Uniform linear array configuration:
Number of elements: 12
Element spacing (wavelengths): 1
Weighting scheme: cosine
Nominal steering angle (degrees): -15
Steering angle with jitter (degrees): -14.772
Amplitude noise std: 0.05
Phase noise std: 0.05

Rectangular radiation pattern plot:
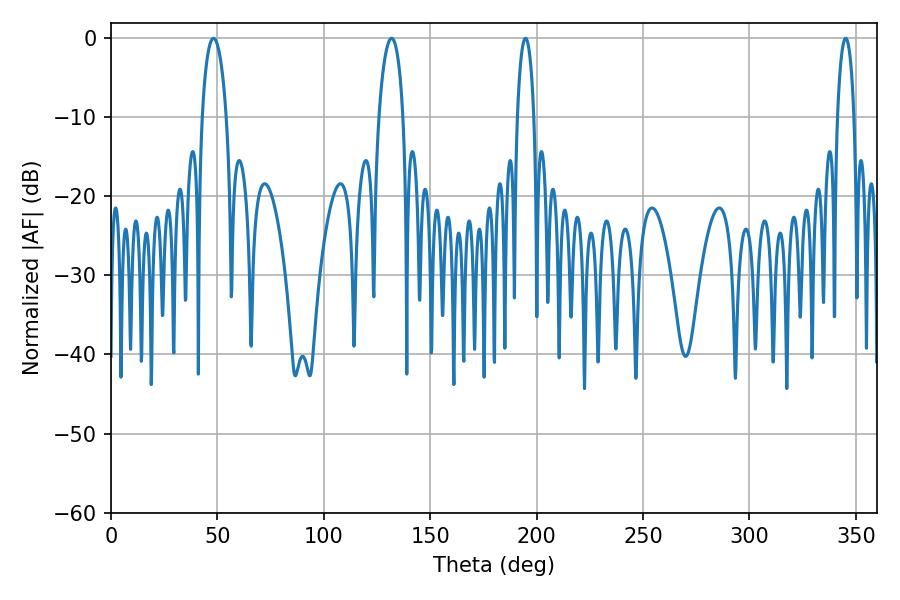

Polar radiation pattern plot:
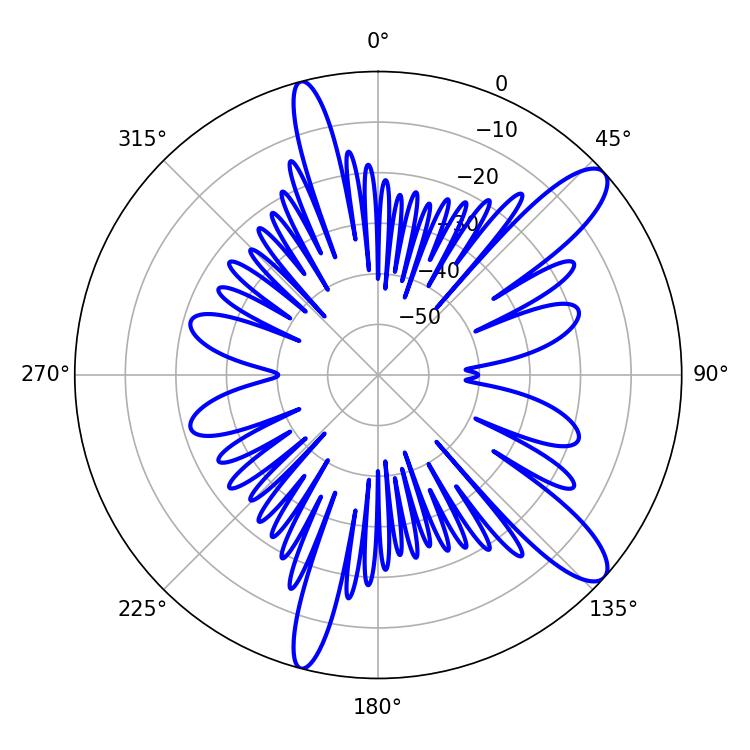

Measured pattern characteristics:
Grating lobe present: TRUE
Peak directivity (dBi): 11.503
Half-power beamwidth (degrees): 4.32
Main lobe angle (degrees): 194.76